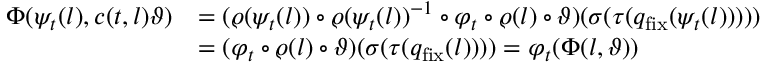
\begin{array} { r l } { \Phi ( \psi _ { t } ( l ) , c ( t , l ) \vartheta ) } & { = ( \varrho ( \psi _ { t } ( l ) ) \circ \varrho ( \psi _ { t } ( l ) ) ^ { - 1 } \circ \varphi _ { t } \circ \varrho ( l ) \circ \vartheta ) ( \sigma ( \tau ( q _ { \mathrm { f i x } } ( \psi _ { t } ( l ) ) ) ) ) } \\ & { = ( \varphi _ { t } \circ \varrho ( l ) \circ \vartheta ) ( \sigma ( \tau ( q _ { \mathrm { f i x } } ( l ) ) ) ) = \varphi _ { t } ( \Phi ( l , \vartheta ) ) } \end{array}